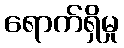
ရောက်ရှိမှု